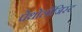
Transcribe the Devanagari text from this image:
पेथोलॉजिस्ट